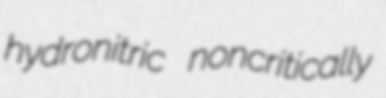
hydronitric noncritically